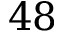
4 8